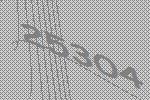
25304